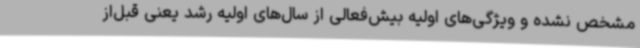
مشخص نشده و ویژگی‌های اولیه بیش‌فعالی از سال‌های اولیه رشد یعنی قبل‌از